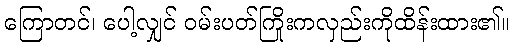
ကြောတင်၊ ပေါ့လျှင် ဝမ်းပတ်ကြိုးကလှည်းကိုထိန်းထား၏။